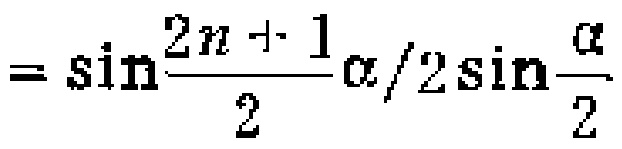
$=\sin\frac{2n + 1}{2}\alpha/2\sin\frac{\alpha}{2}$